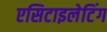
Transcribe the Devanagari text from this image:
एसिटाइलेटिंग